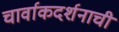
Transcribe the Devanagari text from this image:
चार्वाकदर्शनाची